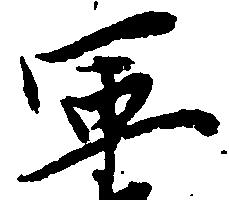
軍